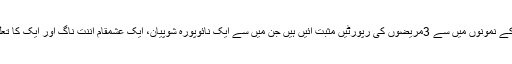
انہوں نے کہا کہ سکمز صورہ کے نمونوں میں سے 3مریضوں کی رپورٹیں مثبت آئیں ہیں جن میں سے ایک نائوپورہ شوپیان، ایک عشمقام اننت ناگ اور ایک کا تعلق ڈی ایچ پورہ کولگام سے ہے۔